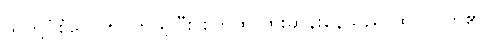
သူတို့ပုံစံတွေကို ကြည့်ပြီး စိတ်ထဲ ထူးဆန်းနေသည် ထင်လိုက်၏။